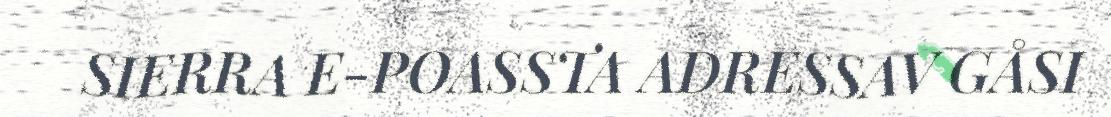
SIERRA E-POASSTA ADRESSAV GÅSI